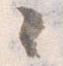
々